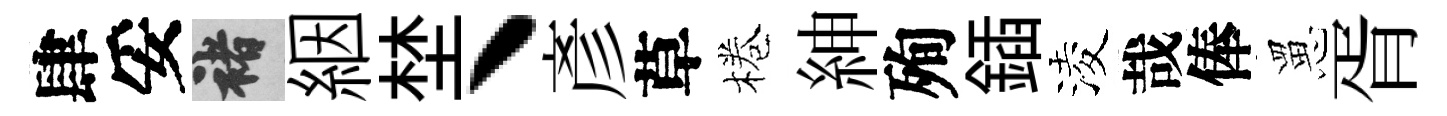
肆妥褚絪埜丶彥草棬紳殉鍤淩哉俸罳胥